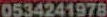
0534241978